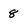
Character: 8